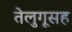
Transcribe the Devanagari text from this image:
तेलुगूसह